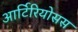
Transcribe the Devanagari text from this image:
आर्टिरियोसस